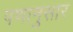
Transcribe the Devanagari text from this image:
पणानुसार